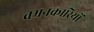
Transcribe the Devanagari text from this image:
वमनकारियों